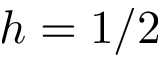
h = 1 / 2